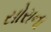
સોરાના